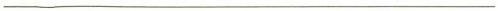
___